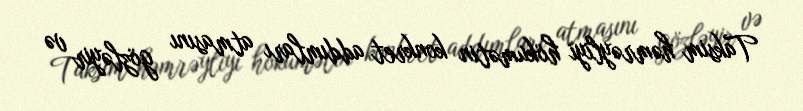
Taksim həmrəyliyi hökumətin konkret addımları atmasını gözləyir və